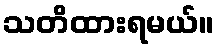
သတိထားရမယ်။